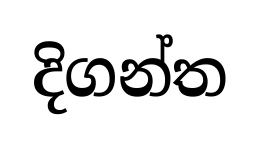
දිගන්ත